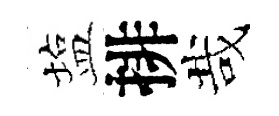
塩排哉